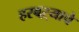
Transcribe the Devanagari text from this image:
हरबऱ्याचे